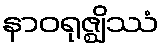
နာဝရုဇ္ဈိဿံ